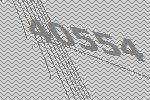
40554